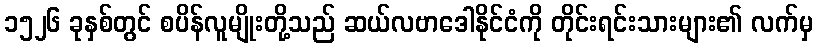
၁၅၂၆ ခုနှစ်တွင် စပိန်လူမျိုးတို့သည် ဆယ်လဗာဒေါနိုင်ငံကို တိုင်းရင်းသားများ၏ လက်မှ